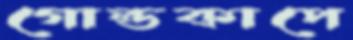
গোল্ডকাপে